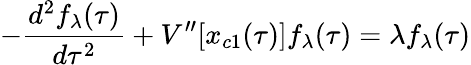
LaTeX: -{\frac{d^{2}f_{\lambda}(\tau)}{d\tau^{2}}}+V^{\prime\prime}[x_{c1}(\tau)]f_{\lambda}(\tau)=\lambda f_{\lambda}(\tau)